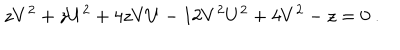
z V ^ { 2 } + z U ^ { 2 } + 4 z V U - 1 2 V ^ { 2 } U ^ { 2 } + 4 V ^ { 2 } - z = 0 ~ .